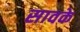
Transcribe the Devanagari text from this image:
सावके